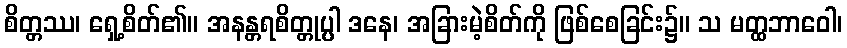
စိတ္တဿ၊ ရှေ့စိတ်၏။ အနန္တရစိတ္တုပ္ပါ ဒနေ၊ အခြားမဲ့စိတ်ကို ဖြစ်စေခြင်း၌။ သ မတ္ထဘာဝေါ၊